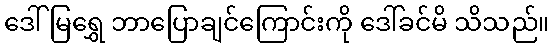
ဒေါ်မြရွှေ ဘာပြောချင်ကြောင်းကို ဒေါ်ခင်မိ သိသည်။